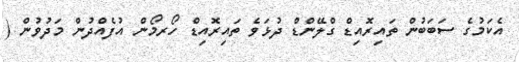
އެކަމުގެ ސަބަބުން ތައިރޮއިޑް ގްލޭންޑް ދުޅަވެ ތައިރޮއިޑް ހޯރމޯން އުފެއްދުން މަދުވުން (